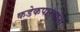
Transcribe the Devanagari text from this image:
कडेकपाऱ्यांना